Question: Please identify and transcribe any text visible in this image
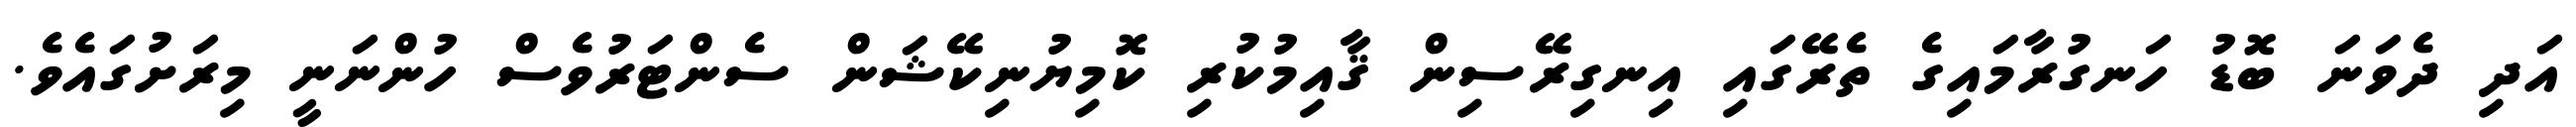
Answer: އަދި ދެވަނަ ބޮޑު ހަނގުރާމައިގެ ތެރޭގައި އިނގިރޭސިން ޤާއިމުކުރި ކޮމިޔުނިކޭޝަން ސެންޓަރުވެސް ހުންނަނީ މިރަށުގައެވެ.